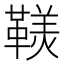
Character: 𩌣